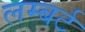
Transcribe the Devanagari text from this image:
लम्बर्ट